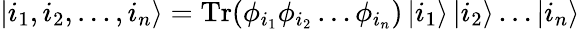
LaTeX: \left|{i_{1},i_{2},\ldots,i_{n}}\right\rangle={\textnormal{Tr}}(\phi_{i_{1}}\phi_{i_{2}}\ldots\phi_{i_{n}})\left|{i_{1}}\right\rangle\left|{i_{2}}\right\rangle\ldots\left|{i_{n}}\right\rangle